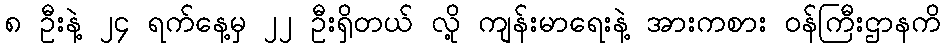
၈ ဦးနဲ့ ၂၄ ရက်နေ့မှ ၂၂ ဦးရှိတယ် လို့ ကျန်းမာရေးနဲ့ အားကစား ဝန်ကြီးဌာနကိ